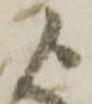
よ